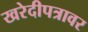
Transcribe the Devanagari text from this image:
खरेदीपत्रावर